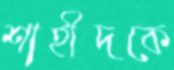
শাহীদকে